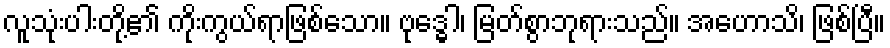
လူသုံးပါးတို့၏ ကိုးကွယ်ရာဖြစ်သော။ ဗုဒ္ဓေါ၊ မြတ်စွာဘုရားသည်။ အဟောသိ၊ ဖြစ်ပြီ။